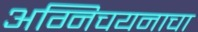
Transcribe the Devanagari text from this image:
अग्निचयनाचा